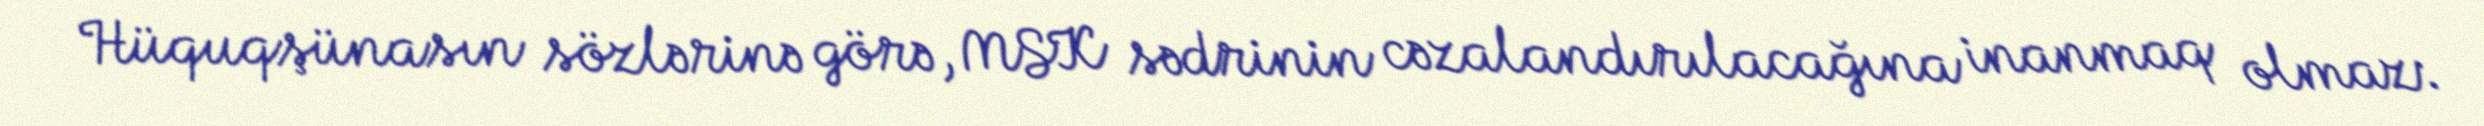
Hüquqşünasın sözlərinə görə, MSK sədrinin cəzalandırılacağına inanmaq olmaz: